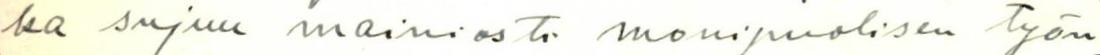
ka sujuu mainiosti monipuolisen työn